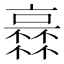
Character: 𠆏